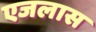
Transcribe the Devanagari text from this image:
एजलास